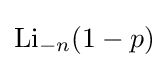
\operatorname {Li} _{-n}(1-p)